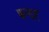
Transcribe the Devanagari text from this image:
फन्द्रह